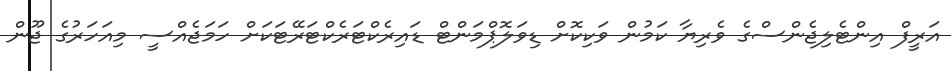
އަރީފް އިންޓެލިޖެންސްގެ ވެރިޔާ ކަމުން ވަކިކޮށް ޑިވަލޮޕްމަންޓް ޑައިރެކްޓަރެކްޓަރޭޓަކަށް ހަމަޖެއްސީ މިއަހަރުގެ ޖޫން